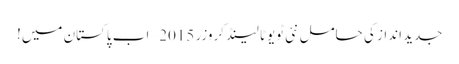
جدید انداز کی حامل نئی ٹویوٹا لینڈ کروزر 2015 – اب پاکستان میں!